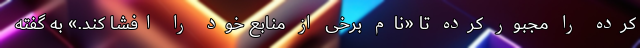
کرده را مجبور کرده تا «نام برخی از منابع خود را افشا کند.» به گفته